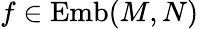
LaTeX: f\in\operatorname{Emb}(M,N)